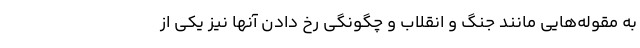
به مقوله‌هایی مانند جنگ و انقلاب و چگونگی رخ دادن آنها نیز یکی از